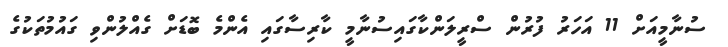
ސުނާމީއަށް 11 އަހަރު ފުރުން ސްރީލަންކާގައިސުނާމީ ކާރިސާގައި އެންމެ ބޮޑަށް ގެއްލުންވި ގައުމުތަކުގެ